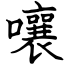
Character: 嚷